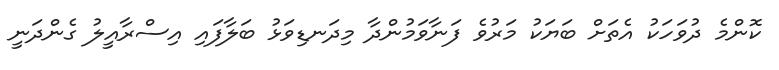
ކޮންމެ ދުވަހަކު އެތަށް ބަޔަކު މަރުވެ ފަނާވަމުންދާ މިދަނޑިވަޅު ބަލާފައި އިސްރާއީލު ގެންދަނީ